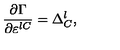
\frac { \partial \Gamma } { \partial \varepsilon ^ { l C } } = \Delta _ { C } ^ { l } ,